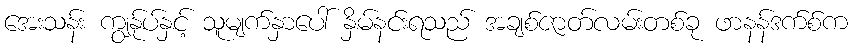
အေးသန်း ကျွနု်ပ်နှင့် သူမျက်နှာပေါ် နှိမ်နင်းရသည် အချစ်ဇာတ်လမ်းတစ်ခု ဖာနန်ဒက်စ်က